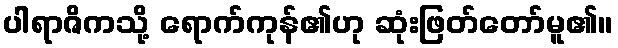
ပါရာဇိကသို့ ရောက်ကုန်၏ဟု ဆုံးဖြတ်တော်မူ၏။